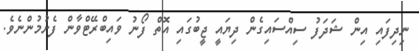
ނިދިފައި އިން ޝަދަފު ސިއްސައިގެން ދިޔައީ ޖީބުގައި އޮތް ފޯނު ވައިބްރޭޓްވާން ފެށުމުންނެވެ.